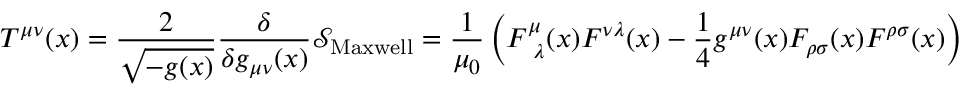
T ^ { \mu \nu } ( x ) = { \frac { 2 } { \sqrt { - g ( x ) } } } { \frac { \delta } { \delta g _ { \mu \nu } ( x ) } } { \mathcal { S } } _ { \mathrm { M a x w e l l } } = { \frac { 1 } { \mu _ { 0 } } } \left( F _ { { \mathrm { ~ } } \lambda } ^ { \mu } ( x ) F ^ { \nu \lambda } ( x ) - { \frac { 1 } { 4 } } g ^ { \mu \nu } ( x ) F _ { \rho \sigma } ( x ) F ^ { \rho \sigma } ( x ) \right)